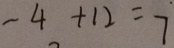
- 4 + 1 2 = 7